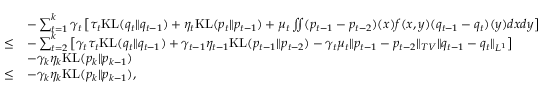
\begin{array} { r l } & { - \sum _ { t = 1 } ^ { k } \gamma _ { t } \left[ \tau _ { t } \mathrm { K L } ( q _ { t } \| q _ { t - 1 } ) + \eta _ { t } \mathrm { K L } ( p _ { t } \| p _ { t - 1 } ) + \mu _ { t } \iint ( p _ { t - 1 } - p _ { t - 2 } ) ( x ) f ( x , y ) ( q _ { t - 1 } - q _ { t } ) ( y ) d x d y \right] } \\ { \leq } & { - \sum _ { t = 2 } ^ { k } \left[ \gamma _ { t } \tau _ { t } \mathrm { K L } ( q _ { t } \| q _ { t - 1 } ) + \gamma _ { t - 1 } \eta _ { t - 1 } \mathrm { K L } ( p _ { t - 1 } \| p _ { t - 2 } ) - \gamma _ { t } \mu _ { t } \| p _ { t - 1 } - p _ { t - 2 } \| _ { T V } \| q _ { t - 1 } - q _ { t } \| _ { L ^ { 1 } } \right] } \\ & { - \gamma _ { k } \eta _ { k } \mathrm { K L } ( p _ { k } \| p _ { k - 1 } ) } \\ { \leq } & { - \gamma _ { k } \eta _ { k } \mathrm { K L } ( p _ { k } \| p _ { k - 1 } ) , } \end{array}